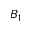
B _ { 1 }